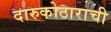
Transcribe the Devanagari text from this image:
दारुकोठाराची